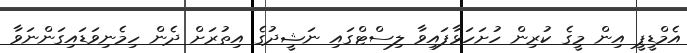
އެމްޑީޕީ އިން މީގެ ކުރިން ހުށަހަޅާފައިވާ ލިސްޓްގައި ނަޝީދުގެ އިތުރަށް ދެން ހިމެނިވަޑައިގަންނަވާ